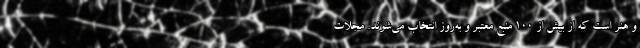
و هنر است که از بیش از ۱۰۰ منبع معتبر و به‌روز انتخاب می‌شوند. مجلات